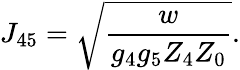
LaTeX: J_{45}=\sqrt{\frac{w}{g_{4}g_{5}Z_{4}Z_{0}}}.